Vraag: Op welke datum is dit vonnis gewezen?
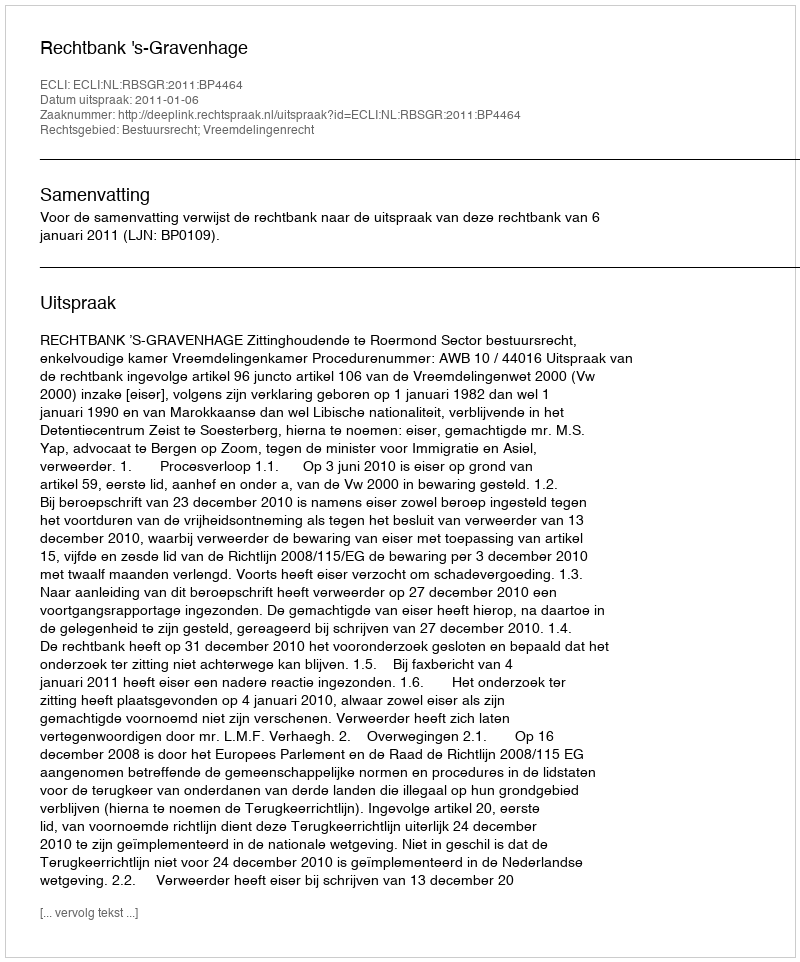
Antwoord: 2011-01-06